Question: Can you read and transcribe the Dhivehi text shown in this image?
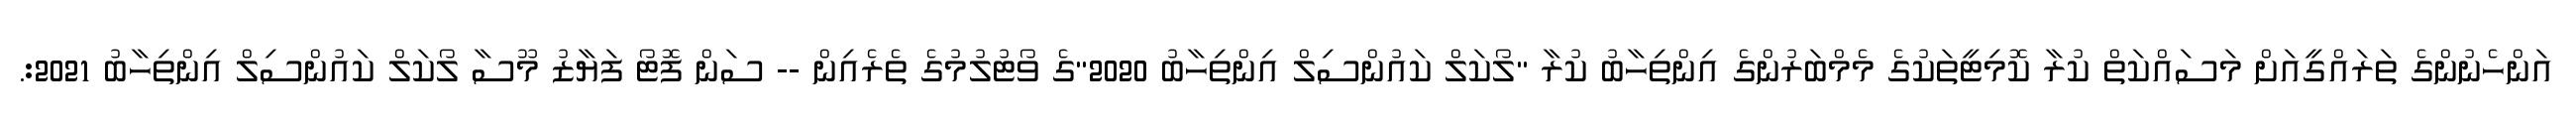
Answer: އަންހެނުންގެ ތަރައްގީއަށް މަސައްކަތް ކުރާ ކޮމިޓީތަކުގެ މެމްބަރުންގެ އިންތިހާބު ކުރާ "ލޯކަލް ކައުންސިލް އިންތިހާބު 2020"ގެ ވޯޓުލުމުގެ ތެރެއިން -- ސަން ފޮޓޯ ފަޔާޒު މޫސާ ލޯކަލް ކައުންސިލް އިންތިހާބު 2021:.